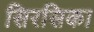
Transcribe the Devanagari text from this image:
सिरसिका